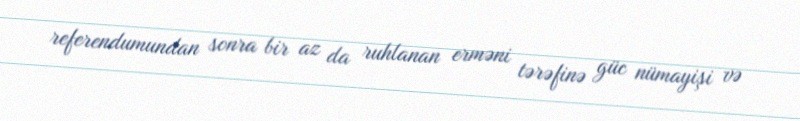
referendumundan sonra bir az da ruhlanan erməni tərəfinə güc nümayişi və